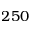
2 5 0